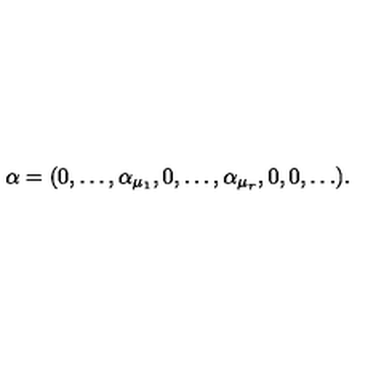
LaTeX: \alpha = ( 0 , \ldots , \alpha _ { \mu _ { 1 } } , 0 , \ldots , \alpha _ { \mu _ { r } } , 0 , 0 , \ldots ) .